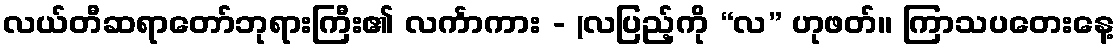
လယ်တီဆရာတော်ဘုရားကြီး၏ လင်္ကာကား - (လပြည့်ကို “လ” ဟုဖတ်။ ကြာသပတေးနေ့